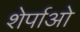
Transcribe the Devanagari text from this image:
शेर्पाओ